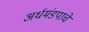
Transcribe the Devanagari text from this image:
अर्धमंडपाचे